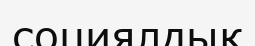
социялдық